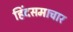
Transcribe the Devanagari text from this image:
हिंदसमाचार